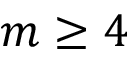
m \geq 4